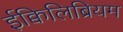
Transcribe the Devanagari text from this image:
ईक्विलिब्रियम